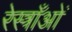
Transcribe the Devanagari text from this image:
रेस्त्राँओं